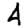
Digit: 4